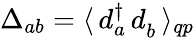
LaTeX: \Delta_{ab}=\langle\, d_{a}^{\dagger}\, d_{b}^{\phantom{\dagger}}\, \rangle_{qp}